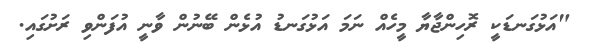
"އަޅުގަނޑަކީ ރޮހިންޖާޔާ މީހެއް ނަމަ އަޅުގަނޑު އުޅެން ބޭނުން ވާނީ އުފަންވި ރަށުގައި.